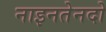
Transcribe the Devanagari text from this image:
नाइनतेनदो